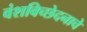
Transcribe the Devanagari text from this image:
वंशविच्छेदनाचे